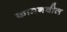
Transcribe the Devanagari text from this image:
कामनवील